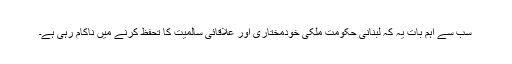
سب سے اہم بات یہ کہ لبنانی حکومت ملکی خودمختاری اور علاقائی سالمیت کا تحفظ کرنے میں ناکام رہی ہے۔